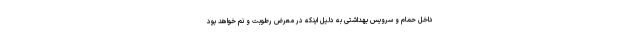
داخل حمام و سرویس بهداشتی به دلیل اینکه در معرض رطوبت و نم خواهد بود